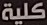
كلية